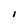
Character: I